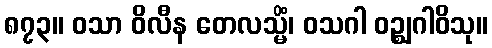
၈၇၃။ ဝသာ ဝိလီန တေလသ္မိံ၊ ဝသဂါ ဝဉ္ဈဂါဝိသု။